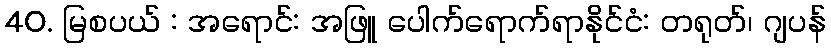
40. မြစပယ် : အရောင်: အဖြူ ပေါက်ရောက်ရာနိုင်ငံ: တရုတ်၊ ဂျပန်